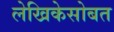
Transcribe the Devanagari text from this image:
लेखिकेसोबत